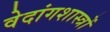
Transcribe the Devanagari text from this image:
वेदांगशास्त्रों